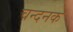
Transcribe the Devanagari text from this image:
चन्दनक